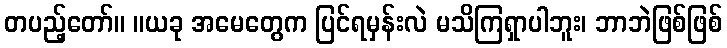
တပည့်တော်။ ။ယခု အမေတွေက ပြင်ရမှန်းလဲ မသိကြရှာပါဘူး၊ ဘာဘဲဖြစ်ဖြစ်